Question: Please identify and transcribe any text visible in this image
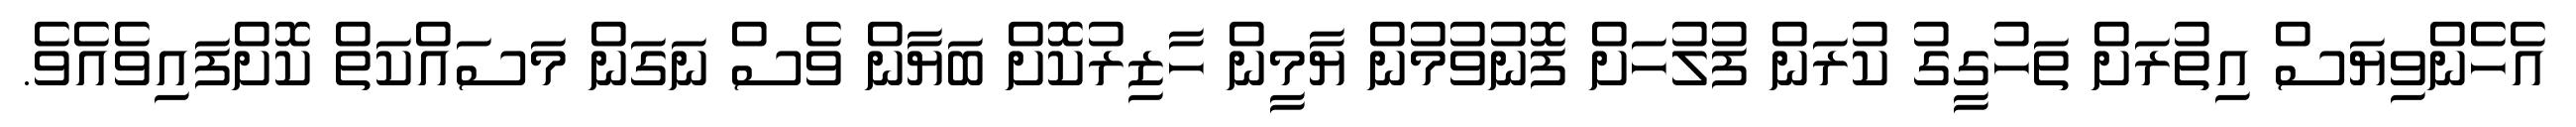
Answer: އެހެންވިޔަސް އިތުރަށް ތަހުގީގު ކުރަން ފުލުހަށް ފޮނުވުމުން ޔާމީން ހާޒިރުކޮށް ބަޔާން ވެސް ނަގަން މަސައްކަތް ކޮށްފައިވެއެވެ.